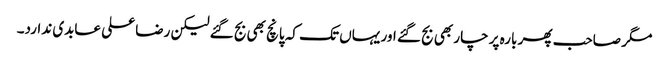
مگر صاحب پھر بارہ پر چار بھی بج گئے اور یہاں تک کہ پانچ بھی بج گئے لیکن رضا علی عابدی ندارد۔